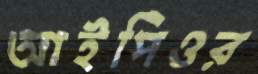
আইপিওর